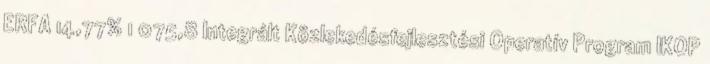
ERFA 14,77% 1 075,8 Integrált Közlekedésfejlesztési Operatív Program IKOP